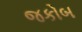
જકોબ